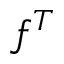
f ^ { T }